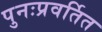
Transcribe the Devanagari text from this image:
पुनःप्रवर्तित